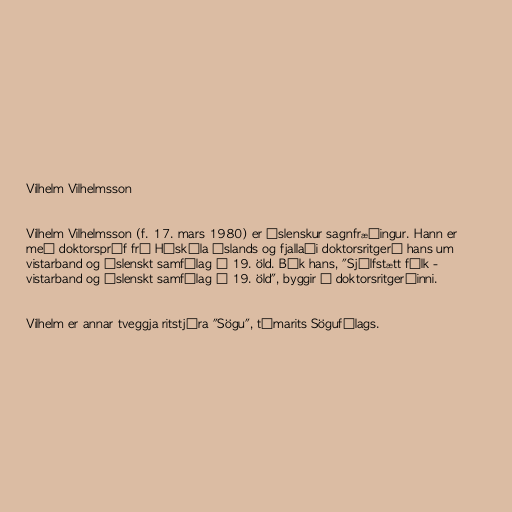
Vilhelm Vilhelmsson

Vilhelm Vilhelmsson (f. 17. mars 1980) er íslenskur sagnfræðingur. Hann er
með doktorspróf frá Háskóla Íslands og fjallaði doktorsritgerð hans um
vistarband og íslenskt samfélag á 19. öld. Bók hans, "Sjálfstætt fólk -
vistarband og íslenskt samfélag á 19. öld", byggir á doktorsritgerðinni.

Vilhelm er annar tveggja ritstjóra "Sögu", tímarits Sögufélags.